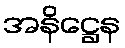
အနိဋ္ဌေန